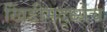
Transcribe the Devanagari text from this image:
खिंडीमद्ध्येच